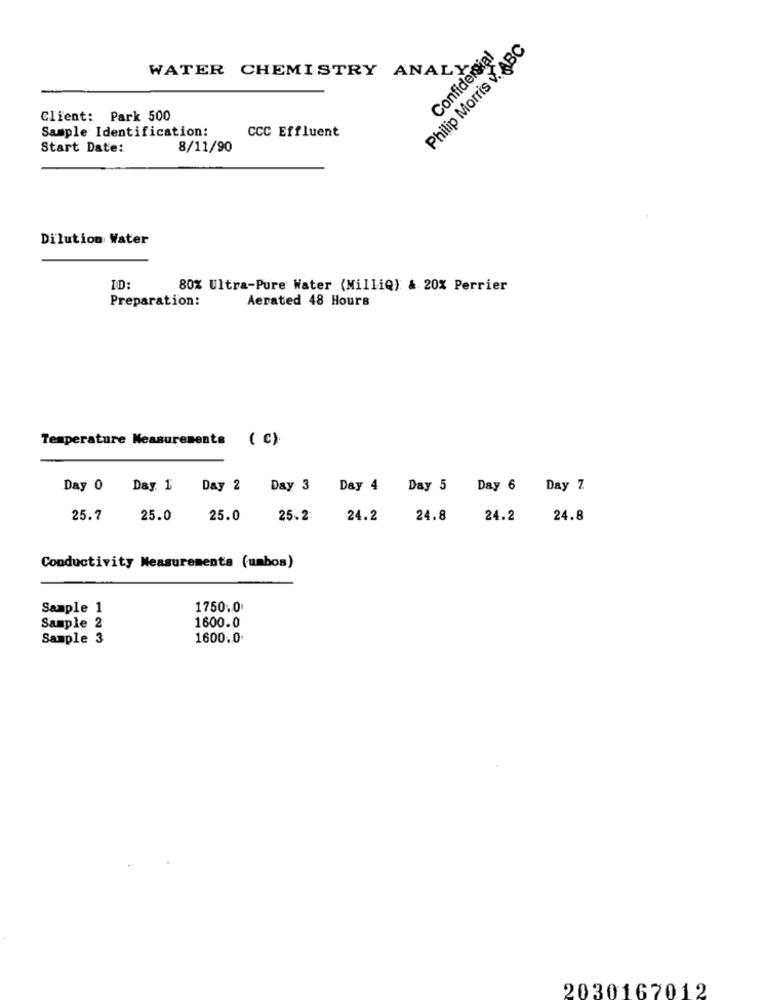
Philip Morris V. ABC
Confidential
WATER CHEMISTRY ANALY
Client: Park 500
Sample Identification:
CCC Effluent
Start Date:
8/11/90
Dilution Water
ID:
80% Ultra-Pure Water (MilliQ) & 20% Perrier
Preparation:
Aerated 48 Hours
Temperature Measurements ( C).
Day 0 Day. 1 Day 2 Day 3 Day 4 Day 5 Day 6 Day 7
25.7
25.0
25.0
25.2 24.2
24.8
24.2 24.8
Conductivity Measurements (umbos)
Sample 1
1750.0
1600.0
Sample 2
Sample 3
1600.0.
2030167012